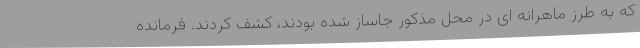
که به طرز ماهرانه ای در محل مذکور جاساز شده بودند، کشف کردند. فرمانده